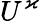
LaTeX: U^{\varkappa}